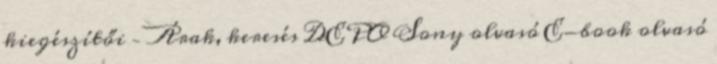
kiegészítői – Árak, keresés DEPO Sony olvasó E-book olvasó